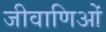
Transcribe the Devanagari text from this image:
जीवाणिओं